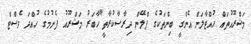
މަޝްރޫއުތައް ހުއްޓާލަން އެންގީ ބިންތަކުގެ ޕްލޭން ދިރާސާކުރާތީ"ހާބަރު މަޝްރޫއު ފެށުމުގެ ހުއްދަ ވެސްޓް